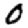
Digit: 0